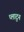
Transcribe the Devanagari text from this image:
प्लाटुन